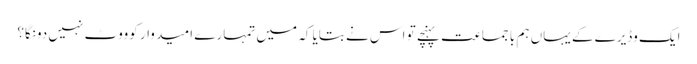
ایک وڈیرے کے یہاں ہم با جماعت پہنچے تو اس نے بتایا کہ میں تمہارے ا مید وار کوووٹ نہیں دونگا؟